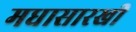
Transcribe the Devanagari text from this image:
मधासारखी